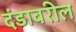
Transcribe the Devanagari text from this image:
दंडावरील